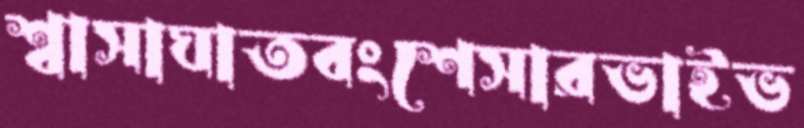
শ্বাসাঘাতবংশেসারভাইভ